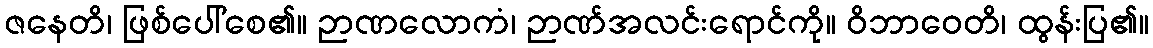
ဇနေတိ၊ ဖြစ်ပေါ်စေ၏။ ဉာဏလောကံ၊ ဉာဏ်အလင်းရောင်ကို။ ဝိဘာဝေတိ၊ ထွန်းပြ၏။